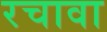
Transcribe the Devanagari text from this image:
रचावा